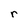
Character: r